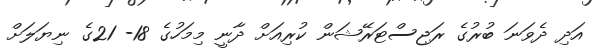
އަދި ދެވަނަ ބުރުގެ ރަޖިސްޓަރޭޝަން ކުރިއަށް ދާނީ މިމަހުގެ 18- 21ގެ ނިޔަލަށް